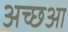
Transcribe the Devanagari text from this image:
अच्छआ